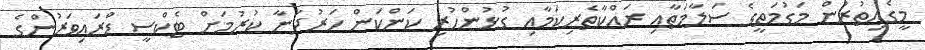
މީގެއިތުރުން މަގުމަތީގެ ސަލާމަތާއި ރައްކާތެރިކަމާއި ގުޅުންހުރި ކަންކަން ހަރުދަނާ ކުރުމަށް ޓެކްސީ ޑްރައިވަރުންގެ